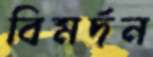
বিমর্দন